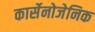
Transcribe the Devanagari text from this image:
कार्सेनोजेनिक